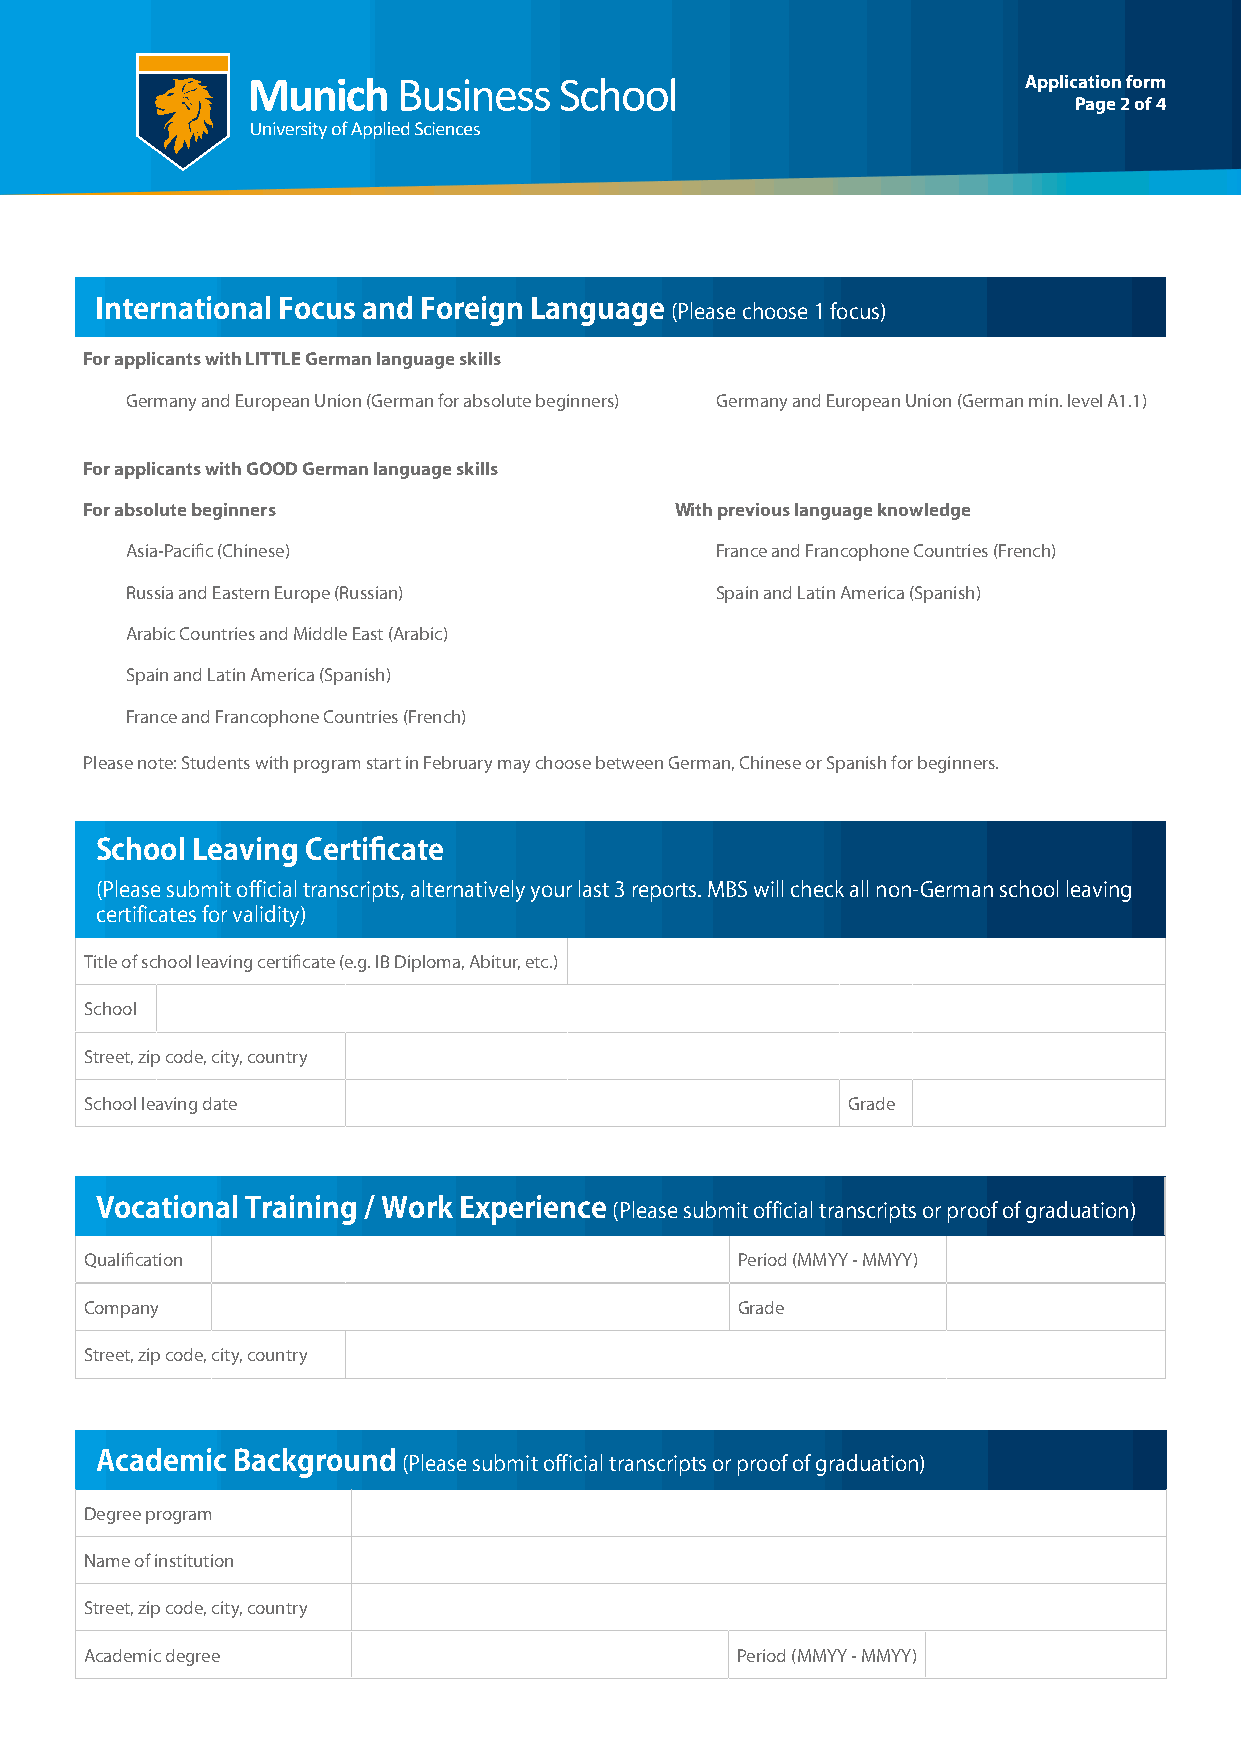
Application form
 Page 2 of 4
 International Focus and Foreign Language (Please choose 1 focus)
 For applicants with LITTLE German language skills
 Germany and European Union (German for absolute beginners) Germany and European Union (German min. level A1.1)
 For applicants with GOOD German language skills
 For absolute beginners                 With previous language knowledge
 Asia-Pacific (Chinese)                 France and Francophone Countries (French)
 Russia and Eastern Europe (Russian)    Spain and Latin America (Spanish)
 Arabic Countries and Middle East (Arabic)
 Spain and Latin America (Spanish)
 France and Francophone Countries (French)
 Please note: Students with program start in February may choose between German, Chinese or Spanish for beginners.
 School Leaving Certificate
 (Please submit official transcripts, alternatively your last 3 reports. MBS will check all non-German school leaving
 certificates for validity)
 Title of school leaving certificate (e.g. IB Diploma, Abitur, etc.)
 School
 Street, zip code, city, country
 School leaving date                               Grade
 Vocational Training / Work Experience (Please submit official transcripts or proof of graduation)
 Qualification                              Period (MMYY - MMYY)
 Company                                    Grade
 Street, zip code, city, country
 Academic Background  (Please submit official transcripts or proof of graduation)
 Degree program
 Name of institution
 Street, zip code, city, country
 Academic degree                            Period (MMYY - MMYY)